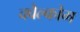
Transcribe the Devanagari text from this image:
क्वैल्कोम